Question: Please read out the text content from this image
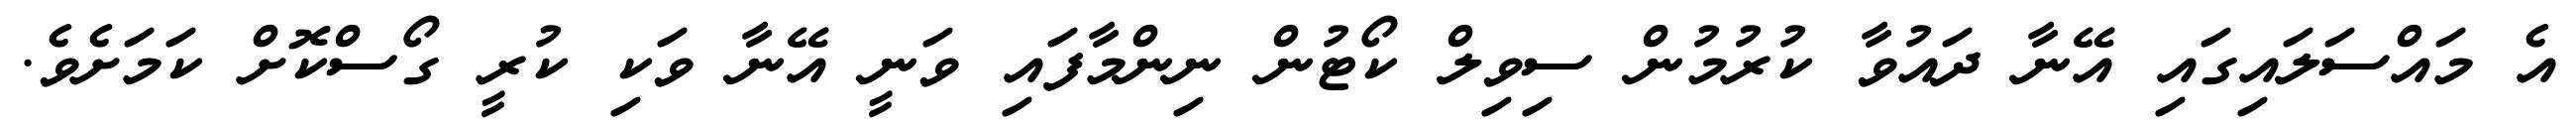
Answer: އެ މައްސަލައިގައި އޭނާ ދައުވާ ކުރުމުން ސިވިލް ކޯޓުން ނިންމާފައި ވަނީ އޭނާ ވަކި ކުރީ ގޯސްކޮށް ކަމަށެވެ.